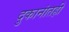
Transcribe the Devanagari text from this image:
दुकानांतही